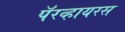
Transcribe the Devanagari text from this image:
पॅरव्हायरस